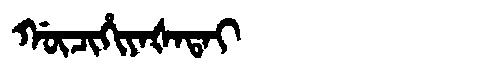
Manchu: ᡤᡡᠴᡳᡥᡳᠶᠠᡧᠠᡨᠠᡳ
Romanization: GŪCIHIYAŠATAI